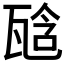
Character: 𤭙